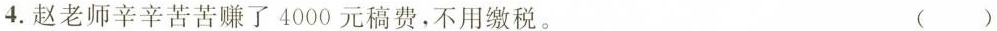
4.赵老师辛辛苦苦赚了4000元稿费，不用缴税。 ()